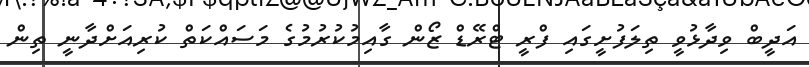
އަދީބް ވިދާޅުވީ ތިލަފުށީގައި ފްރީ ޓްރޭޑް ޒޯން ގާއިމުކުރުމުގެ މަަސައްކަތް ކުރިއަށްދާނީ ތިން